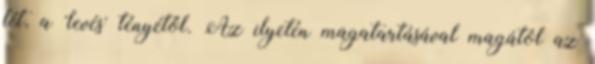
lét, a 'levés' tényétől. Az ilyetén magatartásával magától az